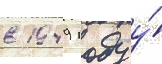
в 1949 году у́